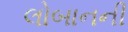
લોબાનની